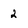
Character: 2